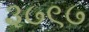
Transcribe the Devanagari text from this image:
३७९७